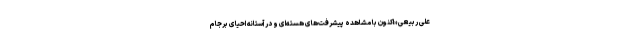
علی ربیعی «اکنون با مشاهده پیشرفت‌های هسته‌ای و در آستانه احیای برجام